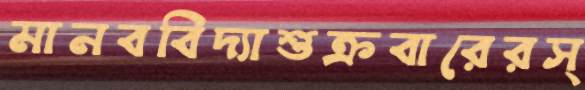
মানববিদ্যাশুক্রবারেরস্